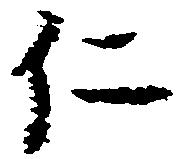
仁